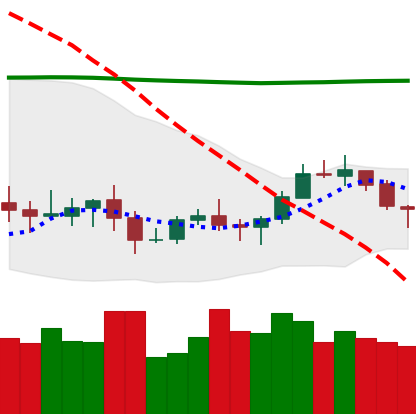
Ticker: XLM-USD
Chart end date: 2020-10-15
Forward return: 9.272%
Label: up_7plus